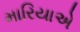
મારિયાએ